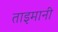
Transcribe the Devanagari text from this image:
ताइमानी